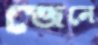
জেনে